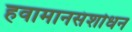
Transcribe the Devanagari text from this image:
हवामानसंशोधन